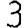
Digit: 3